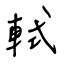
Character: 軾